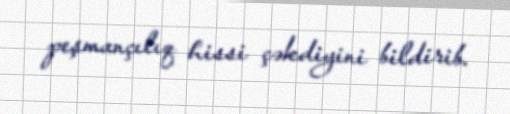
peşmançılıq hissi çəkdiyini bildirib.